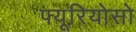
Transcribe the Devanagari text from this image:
फ्यूरियोसो